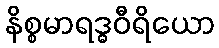
နိစ္စမာရဒ္ဓဝီရိယော